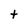
Character: t